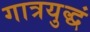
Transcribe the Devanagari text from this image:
गात्रयुद्धं